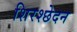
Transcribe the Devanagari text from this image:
शिरश्छेदन